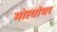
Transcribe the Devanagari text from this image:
मोत्यांवर